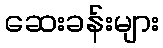
ဆေးခန်းများ